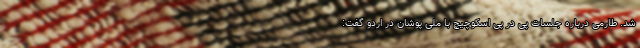
شد. طارمی درباره جلسات پی در پی اسکوچیچ با ملی پوشان در اردو گفت: